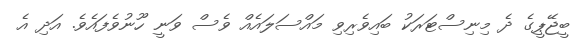
ބީޖޭޕީގެ ދެ މިނިސްޓަރަކު ބައިވެރިވި މައްސަލައެއް ވެސް ވަނީ ހޫނުވެފައެވެ. އަދި އެ